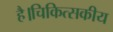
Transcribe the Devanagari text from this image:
है।चिकित्सकीय